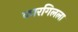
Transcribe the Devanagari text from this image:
कारगिलला